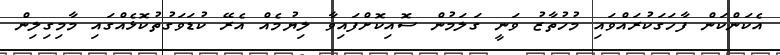
އެކަންކަން ފާހަގަކުރައްވައި މުހުތާޒު ވަނީ ގަލަމުން ސޮއިކޮށްފައިވާ ލިޔުމެއް އެރޭ ކުޑަވަގުތުކޮޅެއްގައި މާމިގިލިން